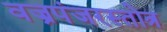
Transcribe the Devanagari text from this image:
वज्रपंजरस्तोत्र